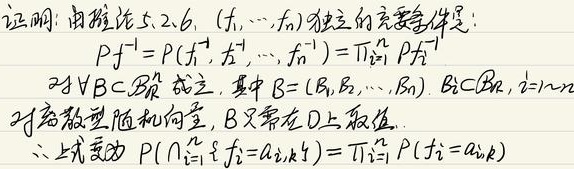
证明：由推论5.2.6，\((f_1,\cdots,f_n)\) 独立的充要条件是：
\[
Pf^{-1}=P(f_1^{-1},f_2^{-1},\cdots,f_n^{-1})=\prod_{i = 1}^{n}Pf_i^{-1}
\]
对\(\forall B\subset\mathbb{R}^n\) 成立，其中 \(B=(B_1,B_2,\cdots,B_n)\)，\(B_i\subset\mathbb{R}\)，\(i = 1,\cdots,n\)
对离散型随机向量，\(B\) 只需在 \(D\) 上取值。
\[
\text{上式变为 }P(\bigcap_{i = 1}^{k} f_i = a_{i,k})=\prod_{i = 1}^{n}P(f_i = a_{i,k})
\]